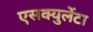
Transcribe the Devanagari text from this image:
एसक्युलेंटा